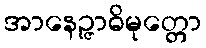
အာနေဉ္ဇာဓိမုတ္တော